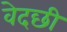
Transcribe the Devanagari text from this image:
वेदछी